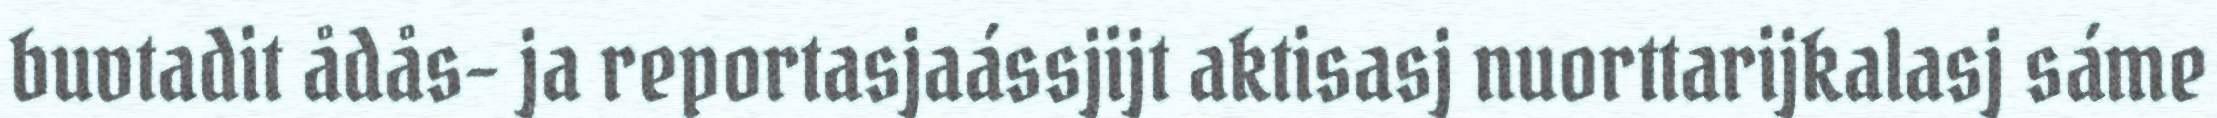
buvtadit ådås- ja reportasjaássjijt aktisasj nuorttarijkalasj sáme